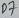
Text: D7